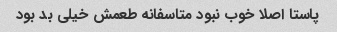
پاستا اصلا خوب نبود متاسفانه طعمش خیلی بد بود